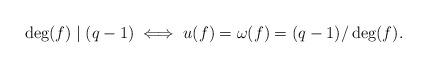
LaTeX: \begin{align*}\deg(f) \mid (q-1) \iff u(f)=\omega(f)=(q-1)/\deg(f).\end{align*}